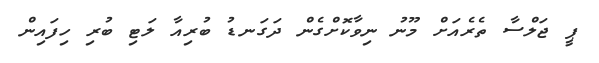
ޕީ ޖަލްސާ ތެރެއަށް މޫނު ނިވާކޮށްގެން ދަގަނޑު ބުރިއާ ލަޓި ބުރި ހިފައިން